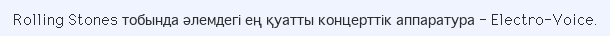
Rolling Stones тобында әлемдегі ең қуатты концерттік аппаратура - Electro-Voice.